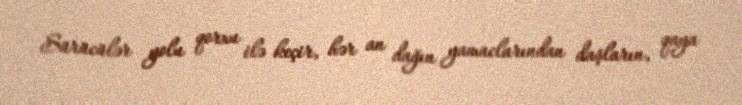
Sürücülər yolu qorxu ilə keçir, hər an dağın yamaclarından daşların, qaya